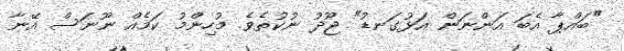
"ބައްޕާ އެބަ އަންނަން އަޅުގަނޑު" ޖޫދު ނުކުތެވެ. މުހިންމު ކަމެއް ނޫނަސް އޭނާ